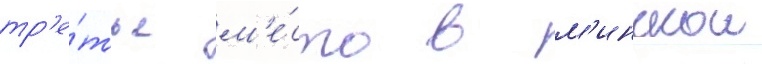
тр'е́тье м'е́сто в м'инскои